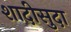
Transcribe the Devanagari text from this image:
शादीसुदा